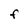
Character: f